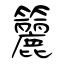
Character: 籭